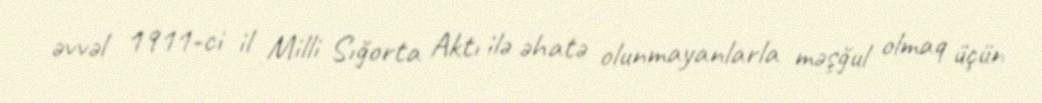
əvvəl 1911-ci il Milli Sığorta Aktı ilə əhatə olunmayanlarla məşğul olmaq üçün